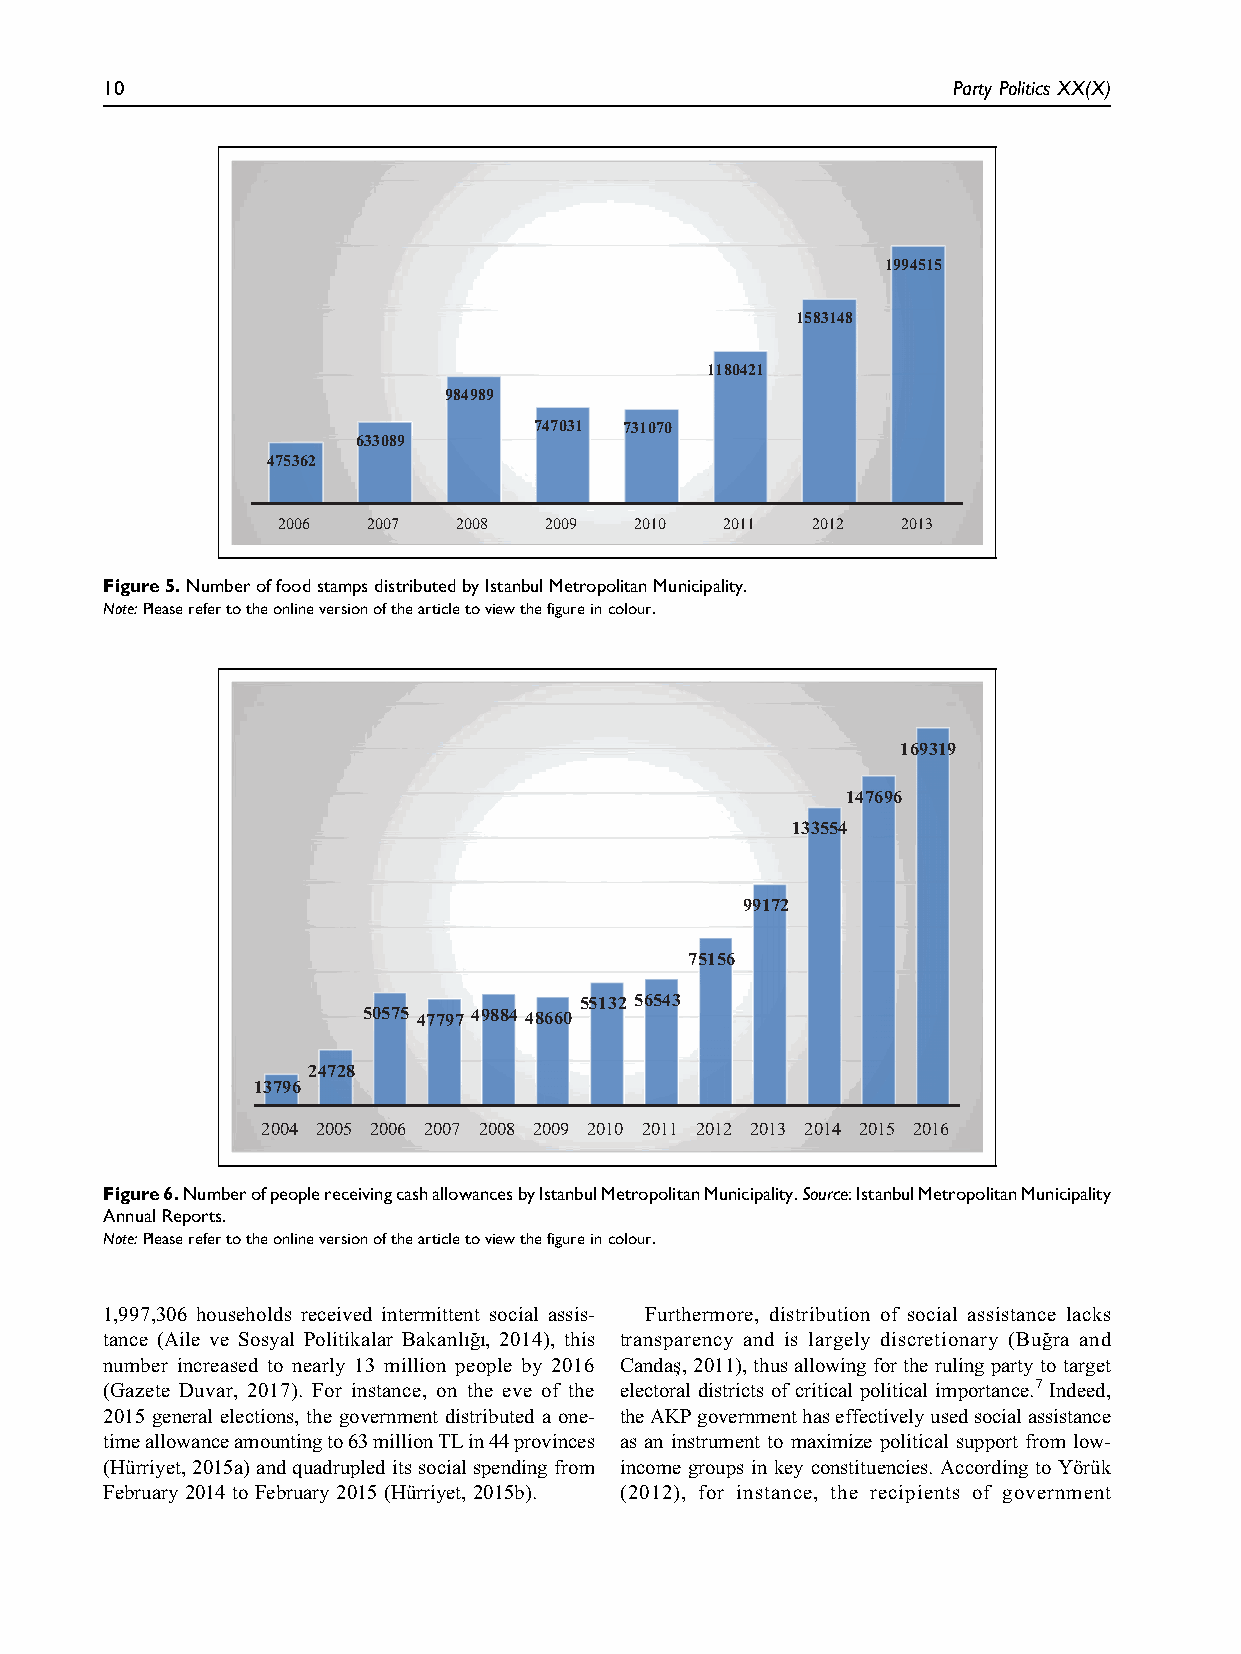
10                                                      Party Politics XX(X)
 1994515
 1583148
 1180421
 984989
 747031 731070
 633089
 475362
 2006  2007  2008  2009  2010  2011  2012  2013
 Figure5.NumberoffoodstampsdistributedbyIstanbulMetropolitanMunicipality.
 Note:Pleaserefertotheonlineversionofthearticletoviewthefigureincolour.
 169319
 147696
 133554
 99172
 75156
 55132 56543
 50575 47797 49884 48660
 24728
 13796
 2004 2005 2006 2007 2008 2009 2010 2011 2012 2013 2014 2015 2016
 Figure6.NumberofpeoplereceivingcashallowancesbyIstanbulMetropolitanMunicipality.Source:IstanbulMetropolitanMunicipality
 AnnualReports.
 Note:Pleaserefertotheonlineversionofthearticletoviewthefigureincolour.
 1,997,306 households received intermittent social assis- Furthermore, distribution of social assistance lacks
 tance (Aile ve Sosyal Politikalar Bakanlıg˘ı, 2014), this transparency and is largely discretionary (Bug˘ra and
 number increased to nearly 13 million people by 2016 Candas¸, 2011), thus allowing for the ruling party totarget
 (Gazete Duvar, 2017). For instance, on the eve of the electoral districts of critical political importance.7 Indeed,
 2015 general elections, the government distributed a one- theAKPgovernmenthaseffectivelyusedsocialassistance
 timeallowanceamountingto63millionTLin44provinces as an instrument to maximize political support from low-
 (Hu¨rriyet,2015a)andquadrupleditssocialspending from income groups in key constituencies. According to Yo¨ru¨k
 February 2014toFebruary 2015(Hu¨rriyet,2015b). (2012), for instance, the recipients of government